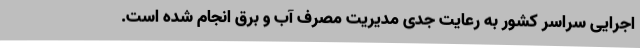
اجرایی سراسر کشور به رعایت جدی مدیریت مصرف آب و برق انجام شده است.